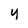
Character: 4